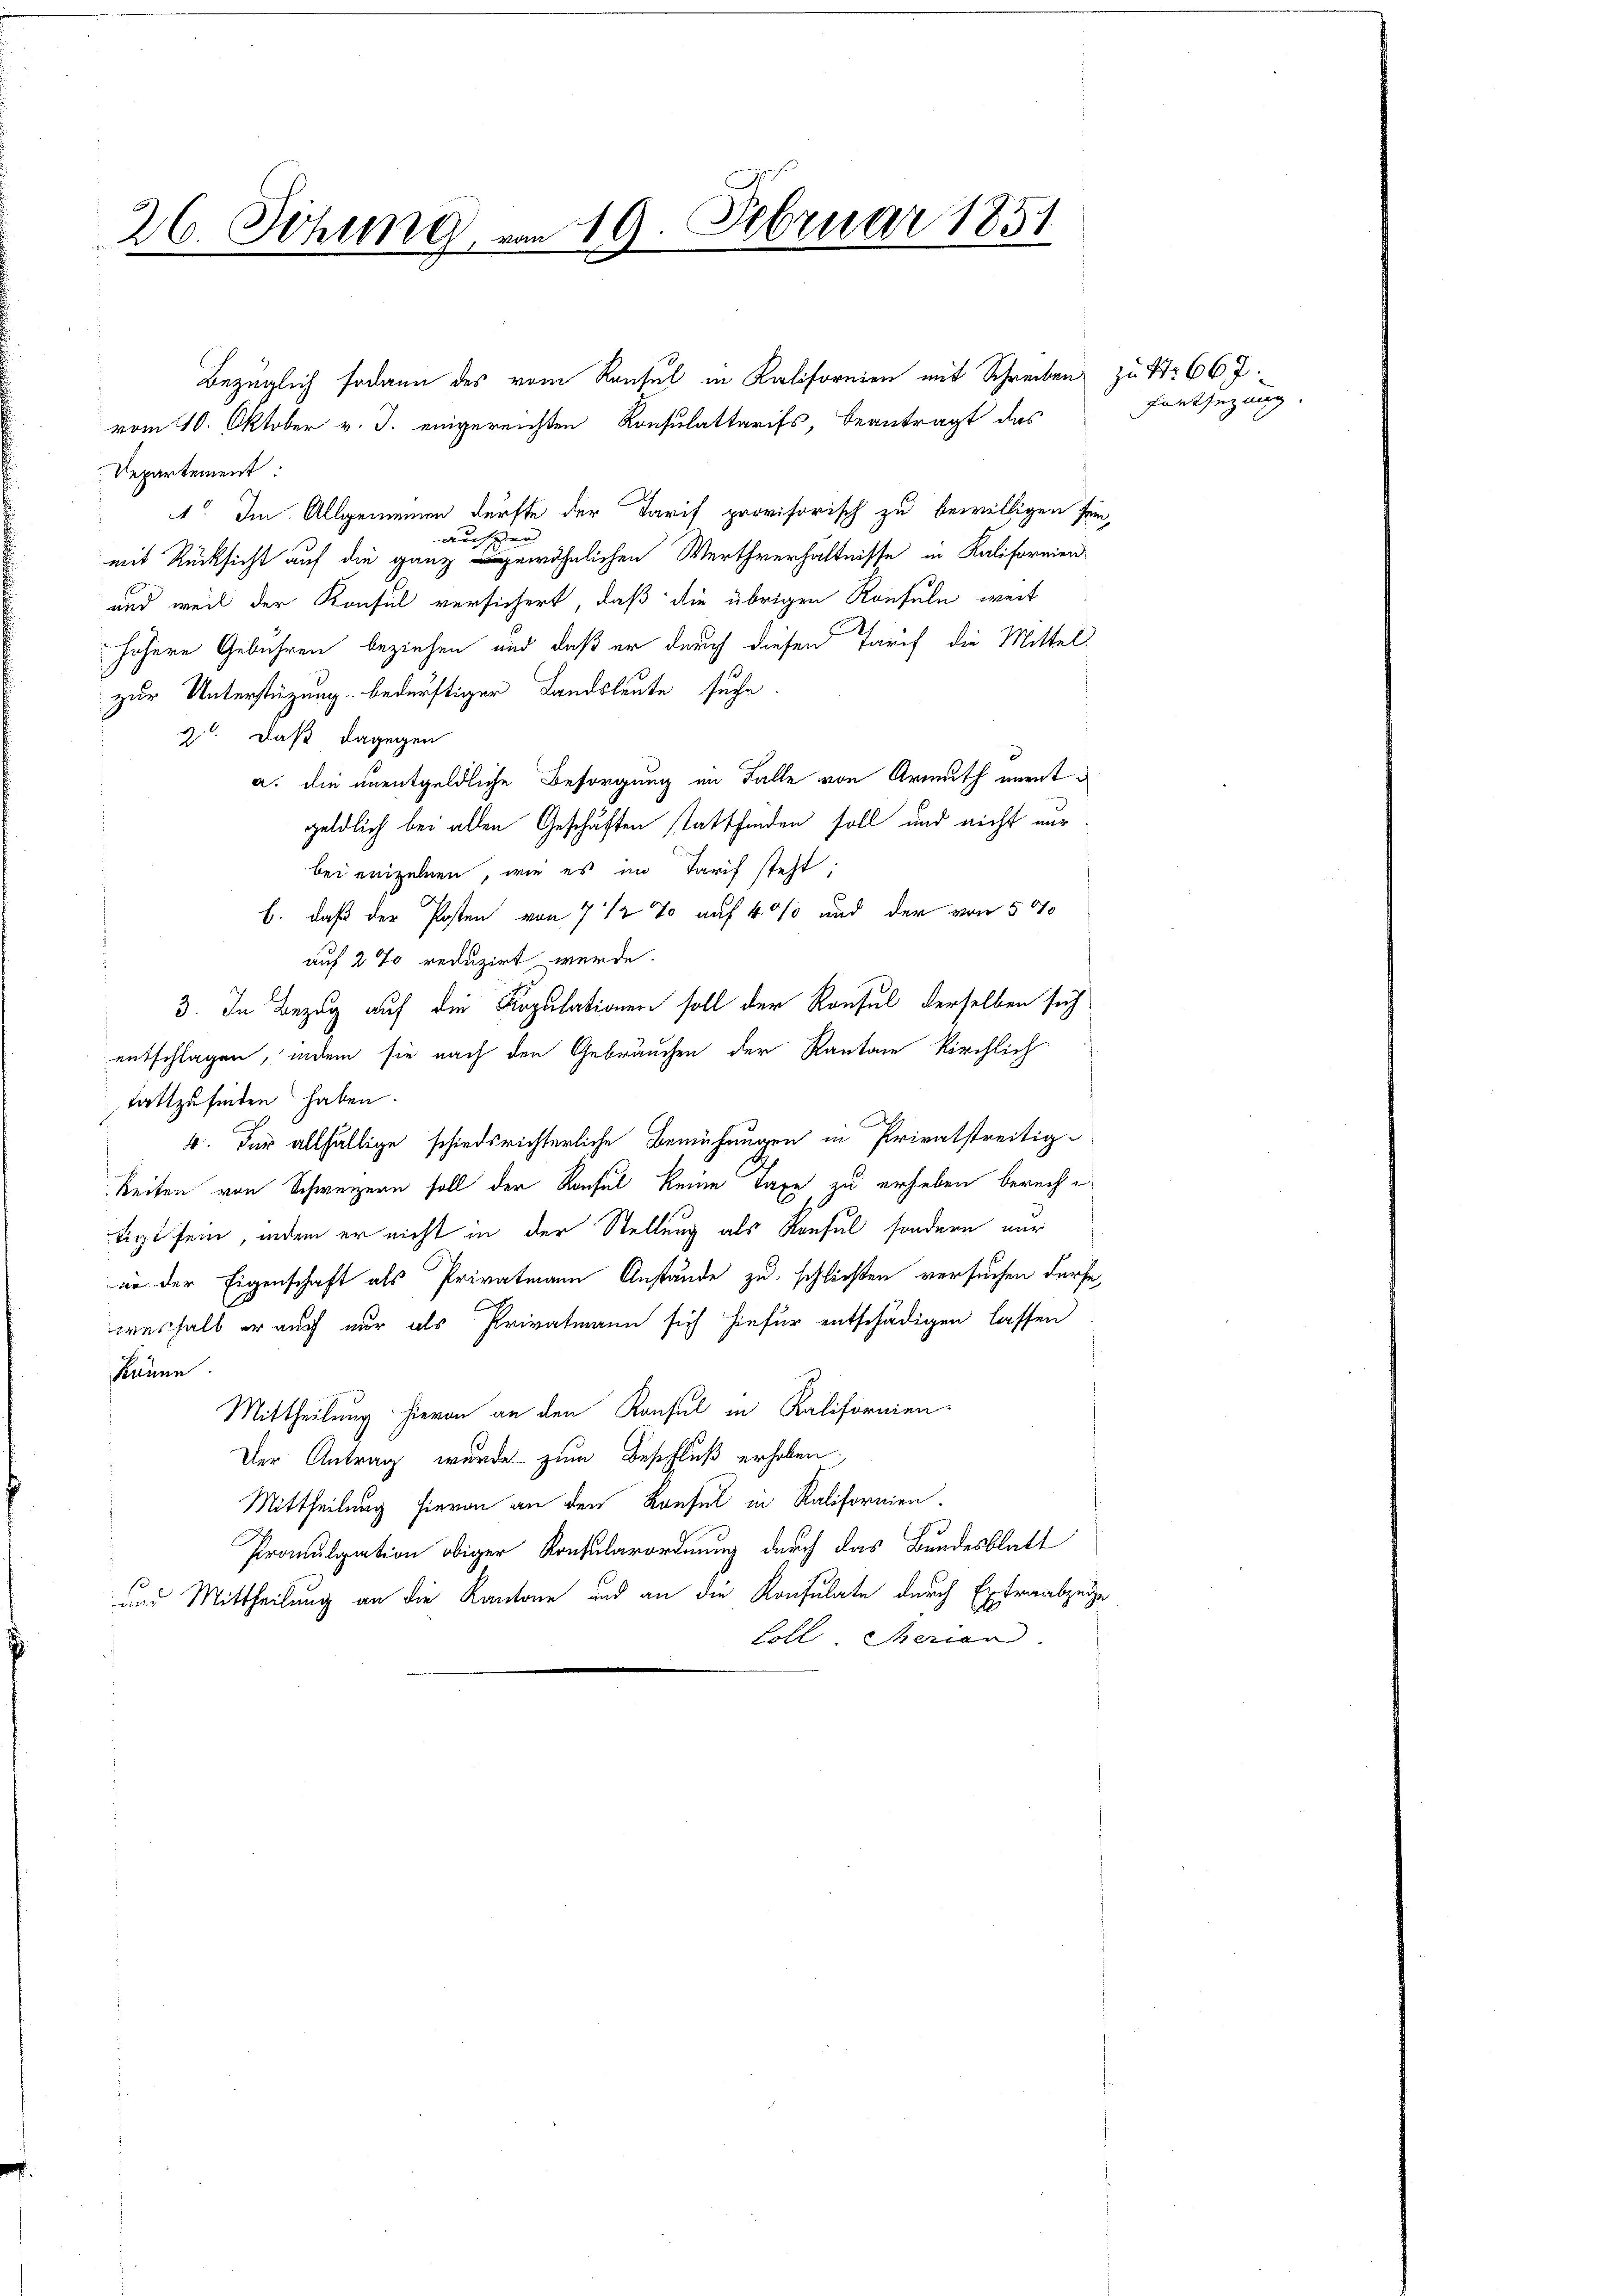
26. Sitzung, am 19. Februar 1851
.

vom 10. Oktober v. J. eingereichten Konsulattarifs, beantragt das
Departement
1. Im Allgemeinen dürfte der Tarif provisorisch zu bewilligen sein,
auszer
mit Rücksicht auf die ganz gewöhnlichen Werthverhältnisse in Kalifornien
und weil der Konsul versichert, daß die übrigen Konsuln, weit
höhere Gebühren beziehen und daß er durch diesen Tarif die Mittels
zur Unterstüzung bedürftiger Landsleute suche.
2. daß dagegen
a. die unentgeldliche Besorgung im Falle von Armuth unentgeldlich bei allen Geschäften stattfinden soll und nicht nur
bei einzelnen, wie es im Tarif steht;
b. daß der Posten von 7 1/2 % auf 40% und der von 570
auf 2 % reduzirt werde.
3. In Bezug auf die Kopulationen soll der Konsul derselben sich
entschlagen, indem sie nach den Gebräuchen der Kanton kirchlich
stattzufinden haben.
4. Für allfällige schiedsrichterliche Bemühungen in Privatstreitig-
keiten von Schweizern soll der Konsul keine Taxe zu erheben berechte
tigt sein, indem er nicht in der Stellung als Konsul sondern nur
in der Eigenschaft als Privatmann Anstände zu schließen versuchen dürfe,
weshalb er auch nur als Privatmann sich hiefür entschädigen lassen
könne
Mittheilung hievon an den Konsul in Kalifornien.
Der Antrag wurde zum Beschluß erhoben.
Mittheilung hievon an den Konsul in Ralifornien.
Promulgation obiger Konsularordnung durch das Bundesblatt
und Mittheilung an die Kantone und an die Konsulate durch Extraabzuig¬
Loll Merian

Bezüglich sodann des vom Konsul in Kalifornien mit Schreiben

zu S. 667.
Fortsezung